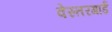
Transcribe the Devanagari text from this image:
वेस्तरगार्ड